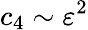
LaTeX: c_{4}\sim\varepsilon^{2}